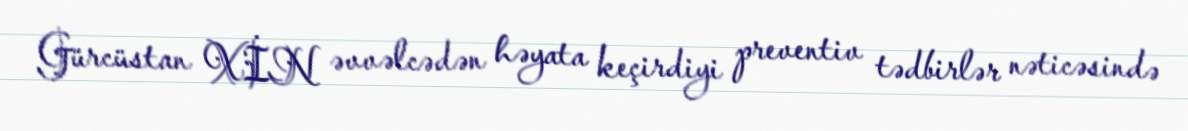
Gürcüstan XİN əvvəlcədən həyata keçirdiyi preventiv tədbirlər nəticəsində